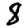
Digit: 8